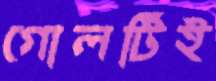
গোলটিই